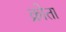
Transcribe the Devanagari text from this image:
क्रोता